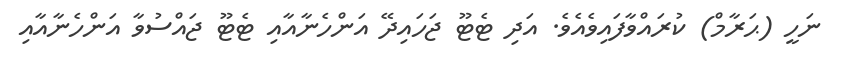
ނަހީ (ޙަރާމް) ކުރައްވާފައިވެއެވެ. އަދި ޓެޓޫ ޖަހައިދޭ އަންހެނާއާއި ޓެޓޫ ޖައްސުވާ އަންހެނާއާއި